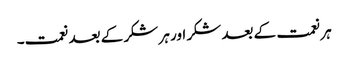
ہر نعمت کے بعد شکر اور ہر شکر کے بعد نعمت۔